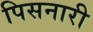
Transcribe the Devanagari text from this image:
पिसनारी